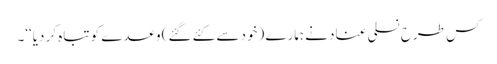
کس طرح نسلی عناد نے ہمارے (خود سے کئے گئے) وعدے کو تباہ کر دیا‘‘۔